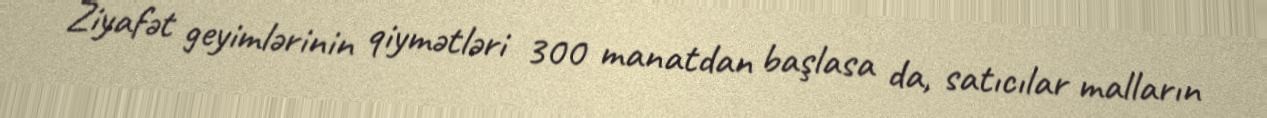
Ziyafət geyimlərinin qiymətləri 300 manatdan başlasa da, satıcılar malların